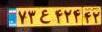
۷۳ع۴۲۴۴۲